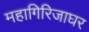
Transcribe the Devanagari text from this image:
महागिरिजाघर